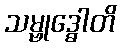
သမ္ဗုဒ္ဓေါတိ